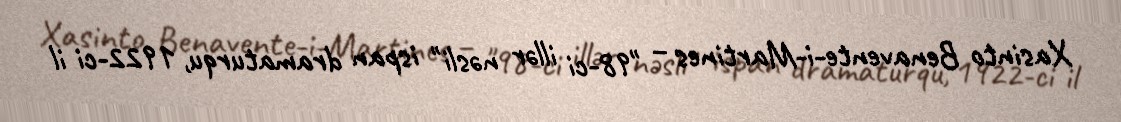
Xasinto Benavente-i-Martines – "98-ci illər nəsli" ispan dramaturqu, 1922-ci il